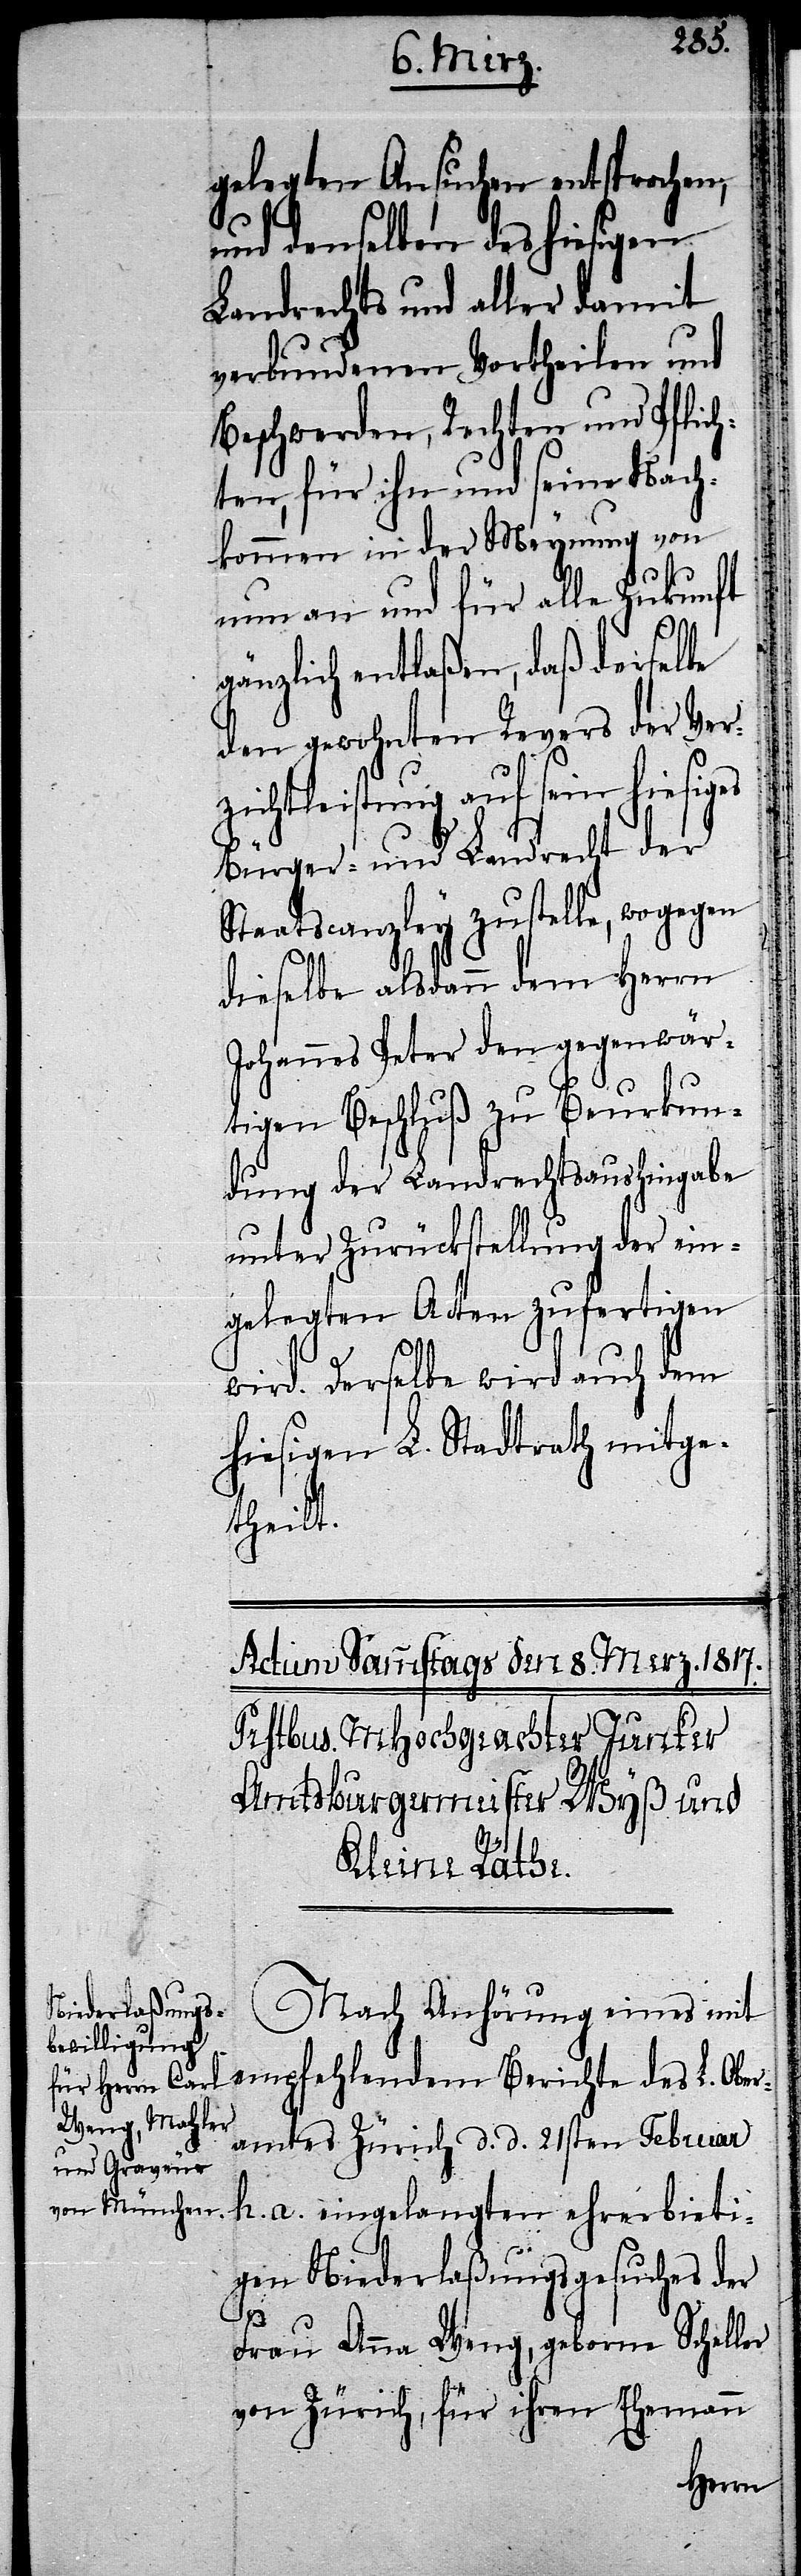
gelegten Ansuchen entsprochen,
und denselben des hiesigen
Landrechts und aller damit
verbundenen Vortheilen und
Beschwerden, Rechten und Pflich¬
ten, für ihn und seine Nach¬
kommen in der Meynung von
nun an und für alle Zukunft
gänzlich entlaßen, daß derselbe
den gewohnten Revers der Ver¬
zichtleistung auf sein hiesiges
Bürger- und Landrecht der
Staatscanzley zustelle, wogegen
dieselbe alsdann dem Herrn
Johannes Peter den gegenwär¬
tigen Beschluß zu Beurkun¬
dung der Landrechtsaushingabe
unter Zurückstellung der ein¬
gelegten Acten zufertigen
wird. Derselbe wird auch dem
hiesigen L. Stadtrath mitge¬
theilt.
Nach Anhörung eines mit
empfehlendem Berichte des L. Ober¬
amtes Zürich d. d. 21sten Februar
h. a. eingelangten ehrerbieti¬
gen Niederlaßungsgesuches der
Frau Anna Weng, geborne Scheller
von Zürich, für ihren Ehemann